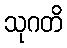
သုဂတိ